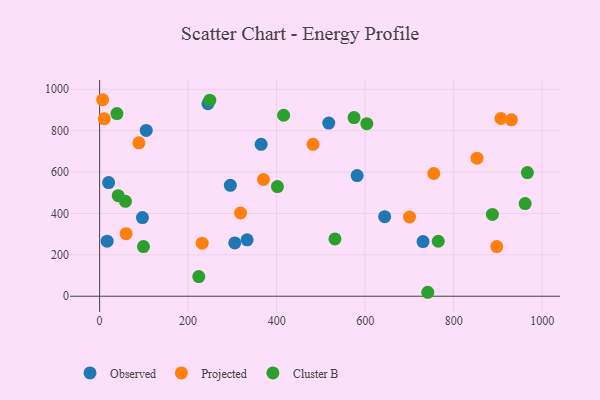
{"axis": {"x": "Ad Spend", "y": "Rating"}, "legend": ["Cluster B", "Observed", "Projected"], "data": [{"x": "96.8", "y": 380.2, "type": "Observed"}, {"x": "17.0", "y": 265.9, "type": "Observed"}, {"x": "295.4", "y": 535.6, "type": "Observed"}, {"x": "20.3", "y": 549.0, "type": "Observed"}, {"x": "644.1", "y": 384.5, "type": "Observed"}, {"x": "730.8", "y": 264.1, "type": "Observed"}, {"x": "517.8", "y": 836.7, "type": "Observed"}, {"x": "581.9", "y": 583.1, "type": "Observed"}, {"x": "105.3", "y": 800.8, "type": "Observed"}, {"x": "333.3", "y": 272.5, "type": "Observed"}, {"x": "365.0", "y": 733.8, "type": "Observed"}, {"x": "244.8", "y": 929.9, "type": "Observed"}, {"x": "305.4", "y": 257.4, "type": "Observed"}, {"x": "755.1", "y": 592.8, "type": "Projected"}, {"x": "318.5", "y": 402.1, "type": "Projected"}, {"x": "370.2", "y": 563.8, "type": "Projected"}, {"x": "6.8", "y": 949.3, "type": "Projected"}, {"x": "930.7", "y": 852.2, "type": "Projected"}, {"x": "59.9", "y": 302.3, "type": "Projected"}, {"x": "852.8", "y": 666.9, "type": "Projected"}, {"x": "10.5", "y": 857.3, "type": "Projected"}, {"x": "906.8", "y": 858.5, "type": "Projected"}, {"x": "482.2", "y": 733.6, "type": "Projected"}, {"x": "88.8", "y": 741.1, "type": "Projected"}, {"x": "897.4", "y": 240.1, "type": "Projected"}, {"x": "231.7", "y": 256.1, "type": "Projected"}, {"x": "700.3", "y": 382.8, "type": "Projected"}, {"x": "401.8", "y": 529.7, "type": "Cluster B"}, {"x": "224.1", "y": 94.8, "type": "Cluster B"}, {"x": "741.5", "y": 19.1, "type": "Cluster B"}, {"x": "574.9", "y": 862.9, "type": "Cluster B"}, {"x": "39.1", "y": 882.5, "type": "Cluster B"}, {"x": "531.8", "y": 276.9, "type": "Cluster B"}, {"x": "603.8", "y": 833.7, "type": "Cluster B"}, {"x": "887.6", "y": 395.0, "type": "Cluster B"}, {"x": "249.0", "y": 947.2, "type": "Cluster B"}, {"x": "58.4", "y": 458.5, "type": "Cluster B"}, {"x": "415.8", "y": 874.3, "type": "Cluster B"}, {"x": "966.6", "y": 597.3, "type": "Cluster B"}, {"x": "765.2", "y": 265.6, "type": "Cluster B"}, {"x": "42.0", "y": 485.8, "type": "Cluster B"}, {"x": "961.6", "y": 447.8, "type": "Cluster B"}, {"x": "99.1", "y": 240.0, "type": "Cluster B"}]}